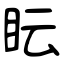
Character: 眃